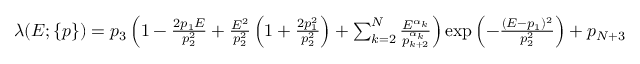
\begin{array} { r l } & { \lambda ( E ; \{ p \} ) = p _ { 3 } \left( 1 - \frac { 2 p _ { 1 } E } { p _ { 2 } ^ { 2 } } + \frac { E ^ { 2 } } { p _ { 2 } ^ { 2 } } \left( 1 + \frac { 2 p _ { 1 } ^ { 2 } } { p _ { 2 } ^ { 2 } } \right) + \sum _ { k = 2 } ^ { N } \frac { E ^ { \alpha _ { k } } } { p _ { k + 2 } ^ { \alpha _ { k } } } \right) \exp \left( - \frac { ( E - p _ { 1 } ) ^ { 2 } } { p _ { 2 } ^ { 2 } } \right) + p _ { N + 3 } } \end{array}